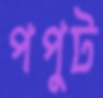
পপুট